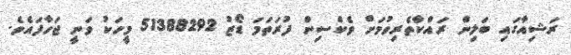
ރަޝިއާގައި ބަލިން ރައްކާތެރިވުމަށް ވެކްސިން ފުރަތަމަ ޑޯޒު 51388292 މީހަކު ވަނީ ޖަހާފައެވެ.